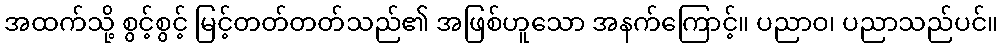
အထက်သို့ စွင့်စွင့် မြင့်တတ်တတ်သည်၏ အဖြစ်ဟူသော အနက်ကြောင့်။ ပညာဝ၊ ပညာသည်ပင်။